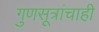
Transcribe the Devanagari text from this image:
गुणसूत्रांचाही